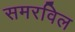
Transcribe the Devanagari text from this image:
समरविल